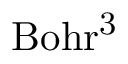
\mathrm { B o h r ^ { 3 } }